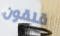
قلقون